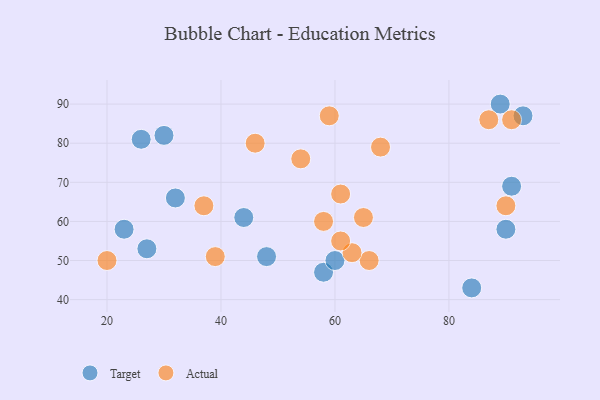
{"axis": {"x": "GDP", "y": "Life Expectancy"}, "legend": ["Actual", "Target"], "data": [{"x": "44", "y": 61, "type": "Target"}, {"x": "89", "y": 90, "type": "Target"}, {"x": "90", "y": 58, "type": "Target"}, {"x": "23", "y": 58, "type": "Target"}, {"x": "30", "y": 82, "type": "Target"}, {"x": "48", "y": 51, "type": "Target"}, {"x": "58", "y": 47, "type": "Target"}, {"x": "91", "y": 69, "type": "Target"}, {"x": "84", "y": 43, "type": "Target"}, {"x": "60", "y": 50, "type": "Target"}, {"x": "93", "y": 87, "type": "Target"}, {"x": "27", "y": 53, "type": "Target"}, {"x": "26", "y": 81, "type": "Target"}, {"x": "32", "y": 66, "type": "Target"}, {"x": "66", "y": 50, "type": "Actual"}, {"x": "63", "y": 52, "type": "Actual"}, {"x": "39", "y": 51, "type": "Actual"}, {"x": "58", "y": 60, "type": "Actual"}, {"x": "61", "y": 55, "type": "Actual"}, {"x": "87", "y": 86, "type": "Actual"}, {"x": "59", "y": 87, "type": "Actual"}, {"x": "37", "y": 64, "type": "Actual"}, {"x": "91", "y": 86, "type": "Actual"}, {"x": "46", "y": 80, "type": "Actual"}, {"x": "68", "y": 79, "type": "Actual"}, {"x": "65", "y": 61, "type": "Actual"}, {"x": "90", "y": 64, "type": "Actual"}, {"x": "20", "y": 50, "type": "Actual"}, {"x": "54", "y": 76, "type": "Actual"}, {"x": "61", "y": 67, "type": "Actual"}]}